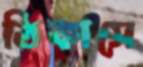
ঠিকাসে